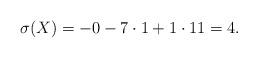
LaTeX: \begin{align*}\sigma(X) = -0 - 7 \cdot 1 + 1\cdot 11 = 4. \end{align*}